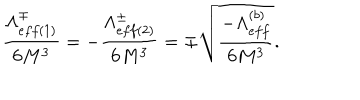
\frac { \Lambda _ { e f f ( 1 ) } ^ { \mp } } { 6 M ^ { 3 } } = - \frac { \Lambda _ { e f f ( 2 ) } ^ { \pm } } { 6 M ^ { 3 } } = \mp \sqrt { \frac { - \Lambda _ { e f f } ^ { ( b ) } } { 6 M ^ { 3 } } } .